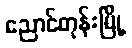
ညောင်တုန်းမြို့